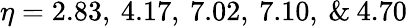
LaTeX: \eta=2.83,\: 4.17,\: 7.02,\: 7.10,\: \& \: 4.70